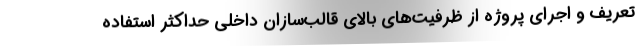
تعریف و اجرای پروژه از ظرفیت‌های بالای قالب‌سازان داخلی حداکثر استفاده